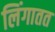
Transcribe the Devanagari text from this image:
लिंगातत